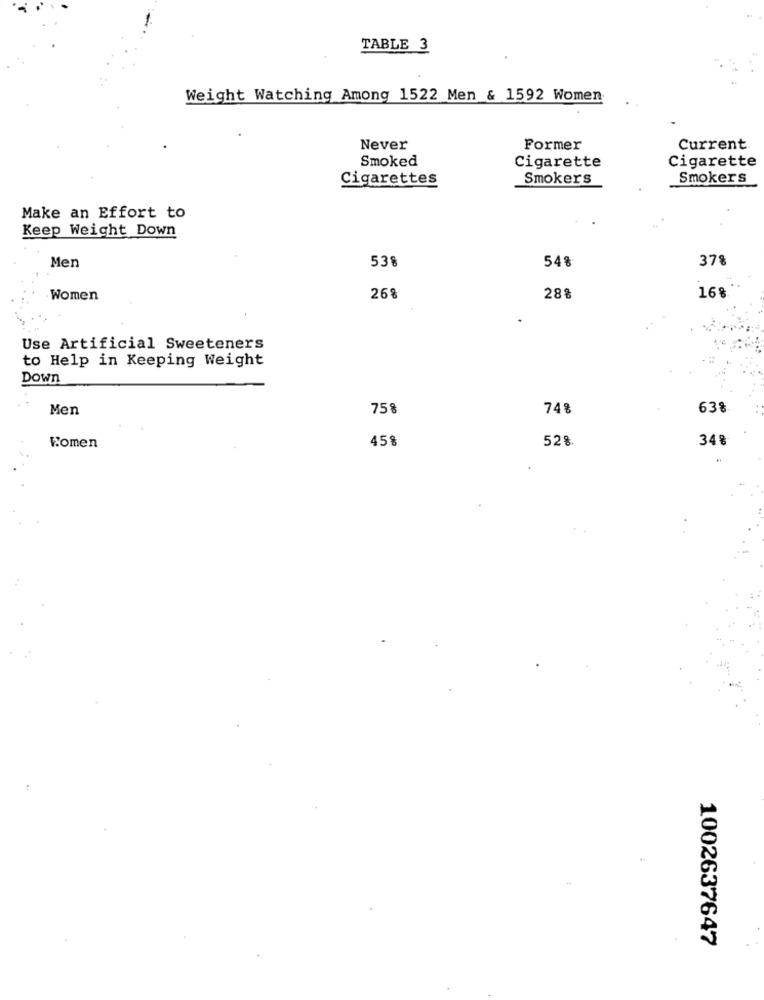
TABLE 3
Weight Watching Among 1522 Men & 1592 Women
Never
Former
Current
Smoked
Cigarette
Cigarette
Cigarettes
Smokers
Smokers
Make an Effort to
Keep Weight Down
Men
538
54%
37%
Women
26%
28%
16%
Use Artificial Sweeteners
to Help in Keeping Weight
Down
Men
75%
74%
63%
458
528
34%
Women
1002637647